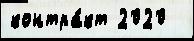
контра́кт 2020